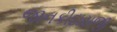
જાનકીદાસજી